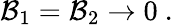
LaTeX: {\cal B}_{1}={\cal B}_{2}\rightarrow 0\ .